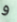
و